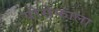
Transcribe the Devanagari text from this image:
योसेफाला